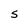
Character: S